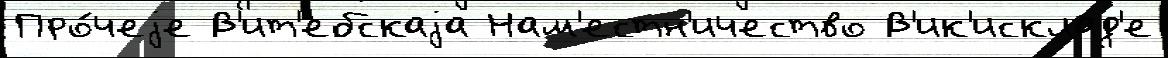
Про́чеjе В'ит'ебскаjа Нам'естн'ичество В'ик'исклад'е